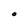
Character: O